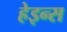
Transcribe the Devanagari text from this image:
हेइन्स